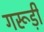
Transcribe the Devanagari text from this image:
गरूड़ी